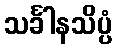
သင်္ခါနသိပ္ပံ